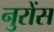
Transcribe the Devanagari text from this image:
नुरोंस